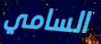
السامي